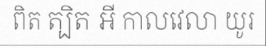
ពិត ត្បិត អី កាលវេលា យូរ